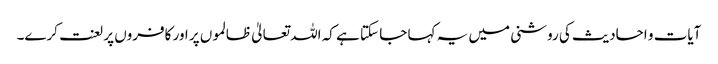
آیات و احادیث کی روشنی میں یہ کہا جا سکتا ہے کہ اللہ تعالیٰ ظالموں پر اور کافروں پر لعنت کرے۔